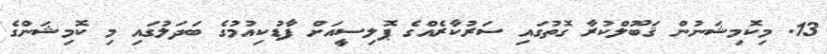
13. މިކޮމިޝަނުން ޤަބޫލްކުރާ ގޮތުގައި ސަރުކާރެއްގެ ޕޮލިސީއަށް ފާޑުކިއުމުގެ ބަދަލުގައި މި ކޮމިޝަންގެ